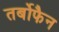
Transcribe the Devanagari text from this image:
तर्बोफैन